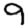
Digit: 9